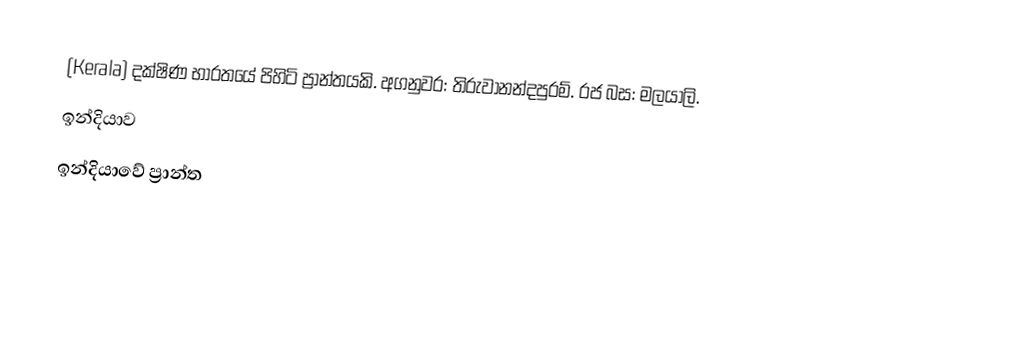
(Kerala) දක්ෂිණ භාරතයේ පිහිටි ප්‍රාන්තයකි. අගනුවර: තිරුවානන්දපුරම්. රජ බස: මලයාලි.
ඉන්දියාව
ඉන්දියාවේ ප්‍රාන්ත